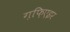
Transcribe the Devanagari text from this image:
ग़फ़िएइर